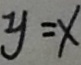
y = x